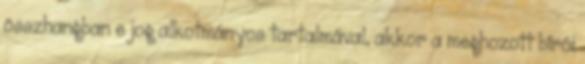
összhangban e jog alkotmányos tartalmával, akkor a meghozott bírói